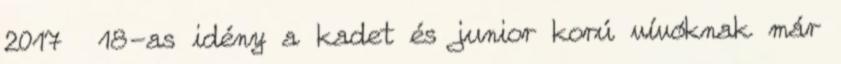
2017 18-as idény a kadet és junior korú vívóknak már